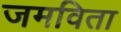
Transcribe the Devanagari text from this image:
जमविता